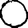
Digit: 0